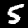
Label: 5